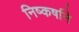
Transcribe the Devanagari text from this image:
निष्कर्षाने